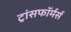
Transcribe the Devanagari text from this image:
ट्रांसफॉर्मर्स